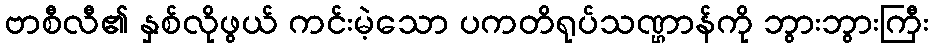
ဗာစီလီ၏ နှစ်လိုဖွယ် ကင်းမဲ့သော ပကတိရုပ်သဏ္ဌာန်ကို ဘွားဘွားကြီး